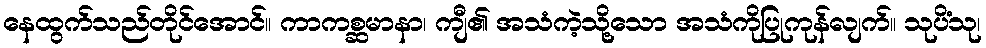
နေထွက်သည်တိုင်အောင်။ ကာကစ္ဆမာနာ၊ ကျီ၏ အသံကဲ့သို့သော အသံကိုပြုကုန်လျက်။ သုပိံသု၊